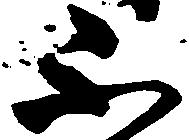
不